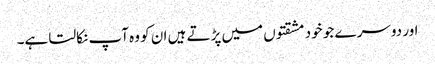
اور دوسر ے جو خود مشقتوں میں پڑتے ہیں ان کو وہ آپ نکالتا ہے۔